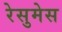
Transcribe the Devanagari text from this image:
रेसुमेस